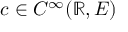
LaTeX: c \in C ^ { \infty } ( \mathbb { R } , E )